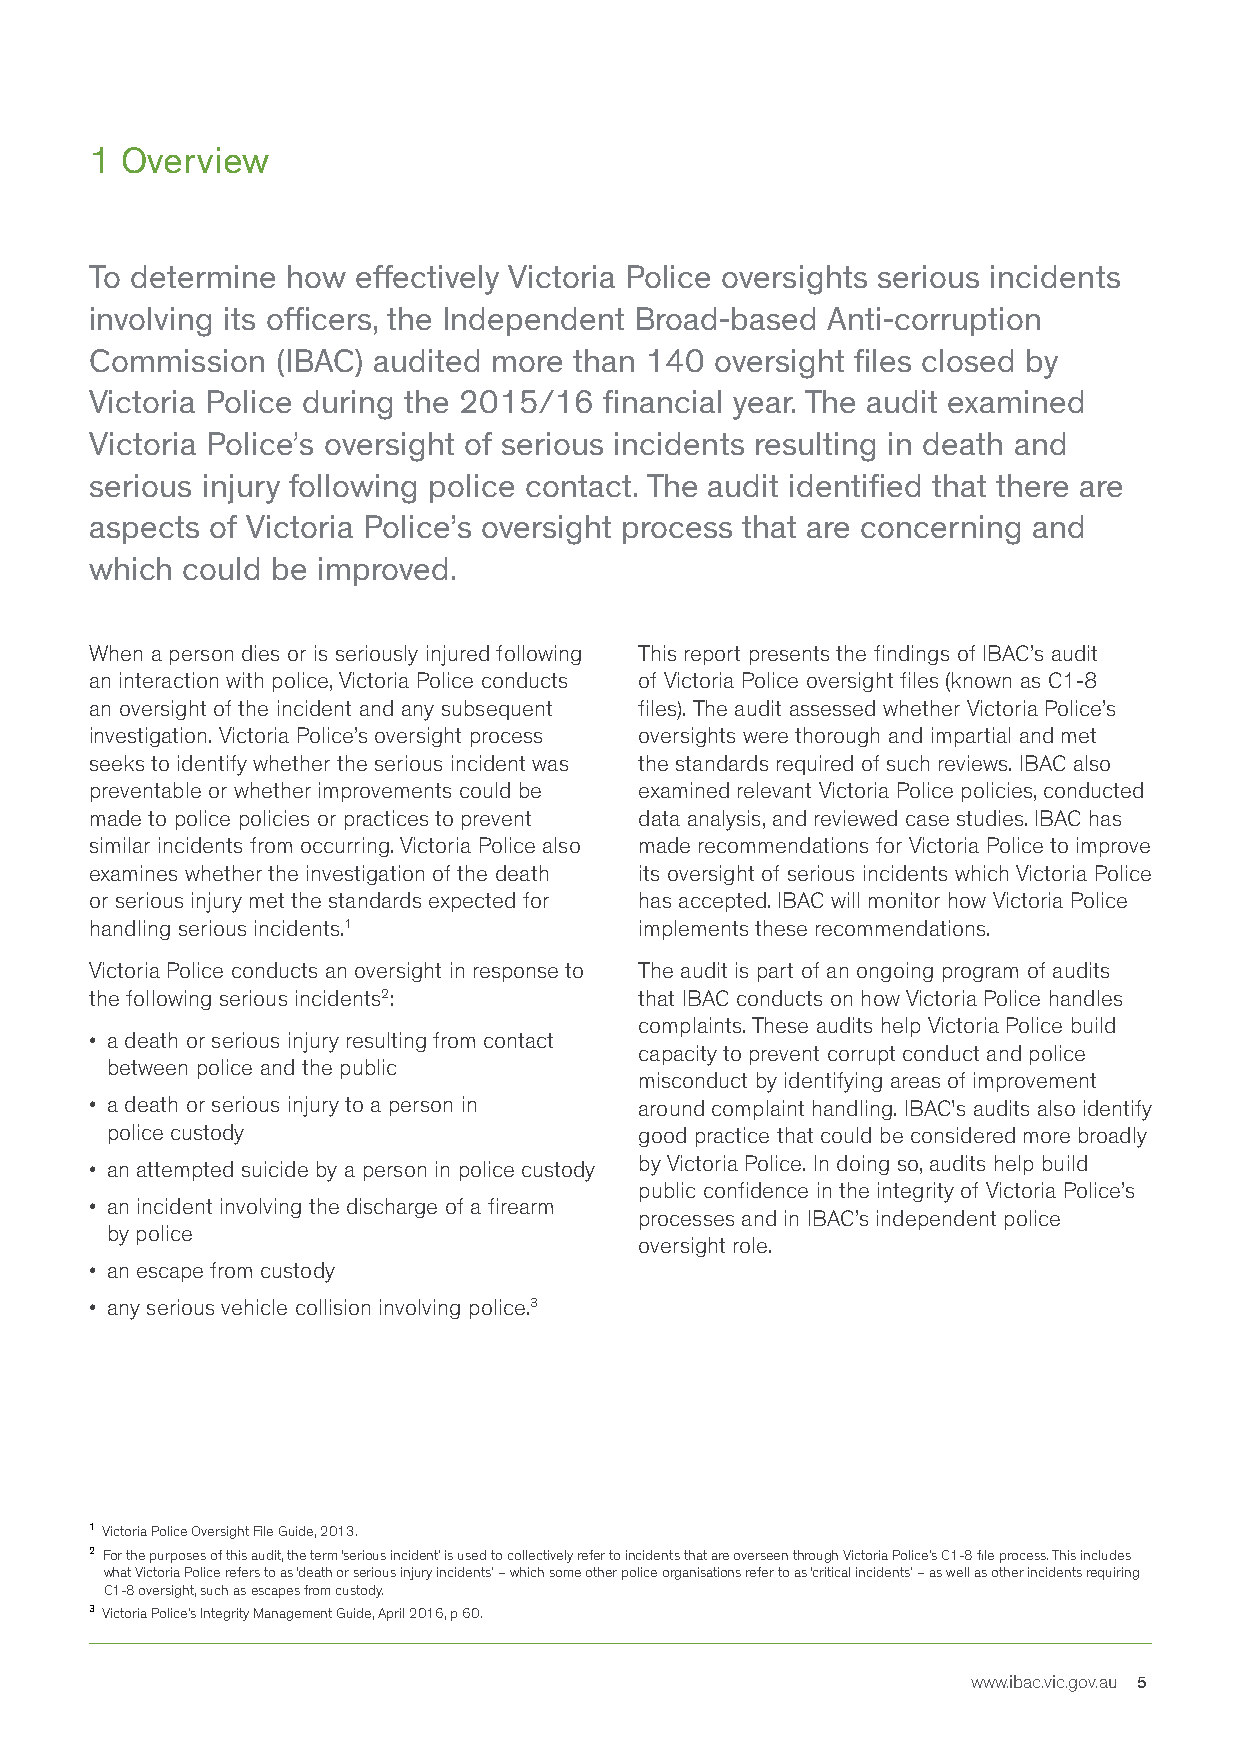
1 Overview
 To determine how  effectively Victoria Police oversights serious incidents
 involving its officers, the Independent Broad-based Anti-corruption
 Commission  (IBAC) audited more than 140 oversight files closed by
 Victoria Police during the 2015/16 financial year. The audit examined
 Victoria Police’s oversight of serious incidents resulting in death and
 serious injury following police contact. The audit identified that there are
 aspects of Victoria Police’s oversight process that are concerning and
 which could be improved.
 When a person dies or is seriously injured following This report presents the findings of IBAC’s audit
 an interaction with police, Victoria Police conducts of Victoria Police oversight files (known as C1-8
 an oversight of the incident and any subsequent files). The audit assessed whether Victoria Police’s
 investigation. Victoria Police’s oversight process oversights were thorough and impartial and met
 seeks to identify whether the serious incident was the standards required of such reviews. IBAC also
 preventable or whether improvements could be examined relevant Victoria Police policies, conducted
 made to police policies or practices to prevent data analysis, and reviewed case studies. IBAC has
 similar incidents from occurring. Victoria Police also made recommendations for Victoria Police to improve
 examines whether the investigation of the death its oversight of serious incidents which Victoria Police
 or serious injury met the standards expected for has accepted. IBAC will monitor how Victoria Police
 handling serious incidents.1        implements these recommendations.
 Victoria Police conducts an oversight in response to The audit is part of an ongoing program of audits
 the following serious incidents2:   that IBAC conducts on how Victoria Police handles
 complaints. These audits help Victoria Police build
 • a death or serious injury resulting from contact
 capacity to prevent corrupt conduct and police
 between police and the public
 misconduct by identifying areas of improvement
 • a death or serious injury to a person in around complaint handling. IBAC's audits also identify
 police custody                     good practice that could be considered more broadly
 • an attempted suicide by a person in police custody by Victoria Police. In doing so, audits help build
 public confidence in the integrity of Victoria Police’s
 • an incident involving the discharge of a firearm
 processes and in IBAC’s independent police
 by police
 oversight role.
 • an escape from custody
 • any serious vehicle collision involving police.3
 1 Victoria Police Oversight File Guide, 2013.
 2 For the purposes of this audit, the term ‘serious incident’ is used to collectively refer to incidents that are overseen through Victoria Police’s C1-8 file process. This includes
 what Victoria Police refers to as ‘death or serious injury incidents’ – which some other police organisations refer to as ‘critical incidents’ – as well as other incidents requiring
 C1-8 oversight, such as escapes from custody.
 3 Victoria Police’s Integrity Management Guide, April 2016, p 60.
 www.ibac.vic.gov.au 5